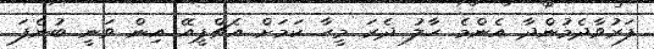
ފަރުވާދެމުންދާ އެންމެ ހާލު ދެރަ މީހާ ކަމަށް އެޗްޕީއޭ އިން ވަނީ ބުނެފަ